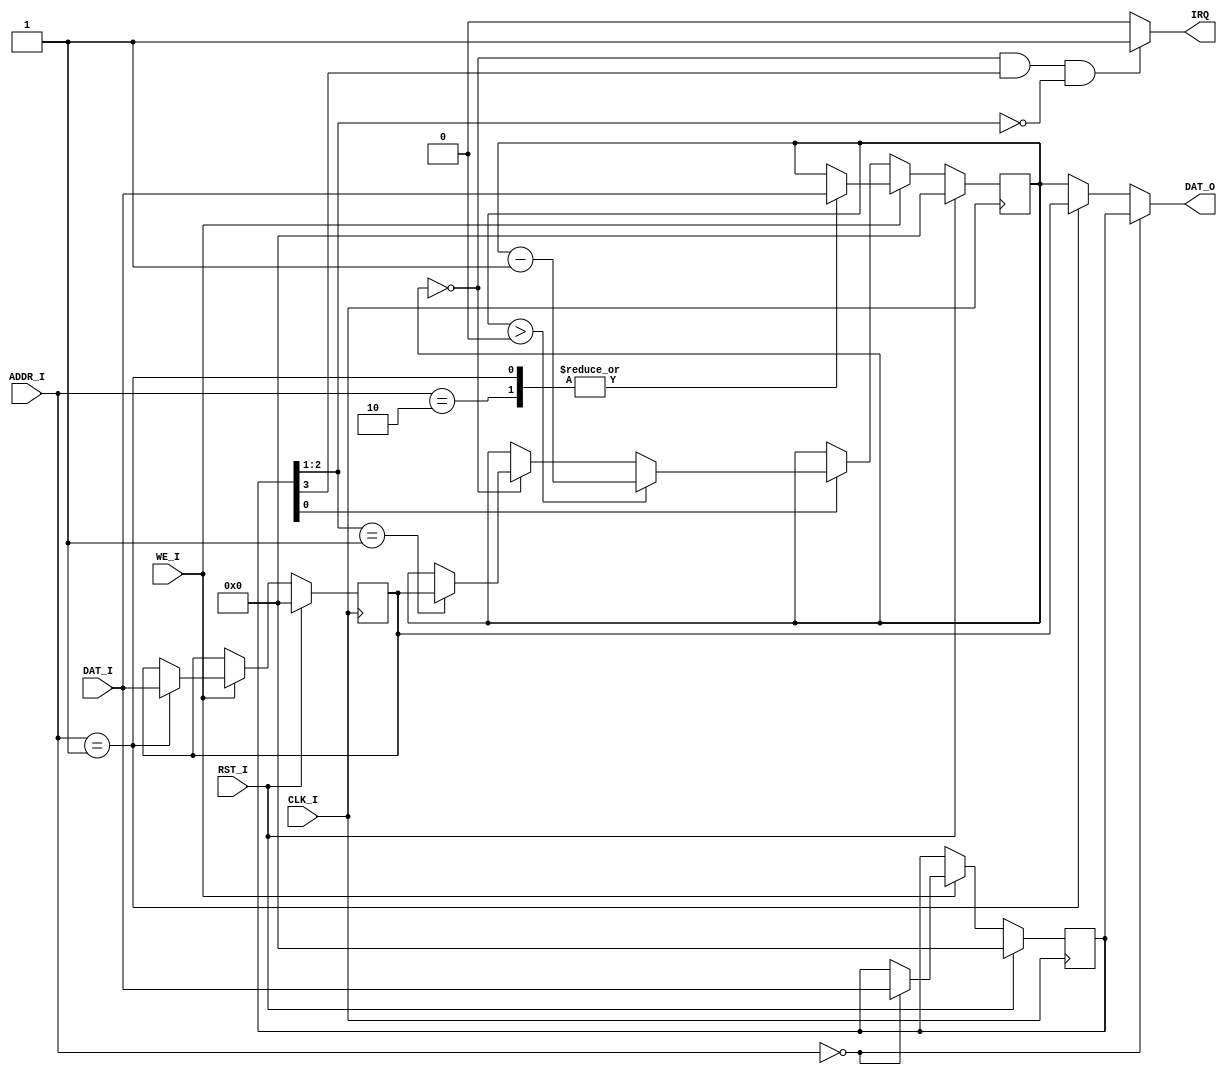
module timer(CLK_I, RST_I, ADDR_I, WE_I, DAT_I, DAT_O, IRQ);
  input CLK_I, RST_I;
  input [3:2] ADDR_I;
  input WE_I;
  input [31:0] DAT_I;
  output [31:0] DAT_O;
  output IRQ;
  
  reg [31:0] ctrl, preset, count;
  
  wire [31:4]reserved;
  wire im;
  wire [2:1] mode;
  wire enable;
  assign reserved = ctrl[31:4];
  assign im = ctrl[3];  // 0: int disable  1: int able
  assign mode = ctrl[2:1];  //  mode select
  assign enable = ctrl[0];  // 0:count disable 1: count able
  
  assign IRQ = (count==32'b0 && im && mode==2'b00) ? 1 : 0;  //when int is able, then consider IRQ
  
  assign DAT_O = (ADDR_I == 2'b00) ? ctrl : (ADDR_I == 2'b01) ? preset : (ADDR_I == 2'b10) ? count : count;
  
  initial
  begin
    ctrl = 32'h0000_0000;  //  low 4 bits: ..._1001
    preset = 32'd0;
    count = 32'd0;
  end
  
  always@(posedge CLK_I)
  begin
    if(RST_I)
      begin
        ctrl = 32'h0000;  //  ..._1001
        preset = 32'd0;
        count = 32'd0;
      end
    else if(WE_I)
      begin
        case(ADDR_I)
          2'b00:
            begin
              ctrl <= DAT_I;
            end
          2'b01:
            begin
              preset <= DAT_I;
              count <= DAT_I;   // I think it could be cancelled -2022.6.30
            end
          2'b10:
            begin
              count <= DAT_I;
            end
          default:
            begin
              $display("haha, I'm wsz");
            end
        endcase
      end
    else if(enable)
      begin
        if(count > 0)
          begin
            count <= count - 1;
          end
        else if(count == 0)
          begin
            case(mode)
              2'b00:
                begin
                  $display("count is 0 and will not be changed automatically!");
                end
              2'b01:
                begin
                  count <= preset;
                  $display("count is 0 and has changed to preset number!");
                end
              default:
                begin
                  $display("illegal mode selection");
                end
            endcase
          end
      end
  end
  
  
endmodule